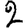
Digit: 2